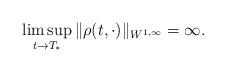
LaTeX: \begin{align*} \limsup_{t \to T_\ast}\| \rho(t,\cdot) \|_{W^{1,\infty}} = \infty.\end{align*}